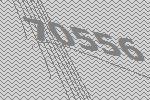
70556